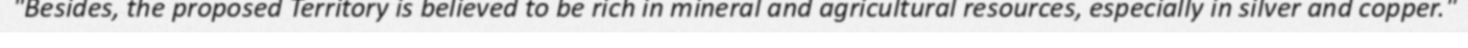
"Besides, the proposed Territory is believed to be rich in mineral and agricultural resources, especially in silver and copper."